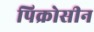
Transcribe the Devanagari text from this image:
पिक्रोसीन